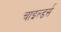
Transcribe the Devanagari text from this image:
चाइल्डर्स